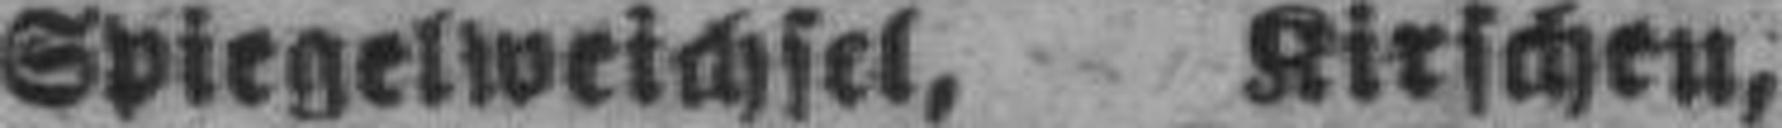
Spiegelweichsel, Kirschen,